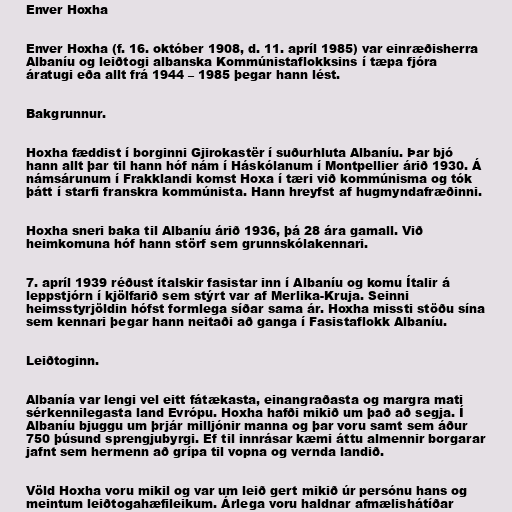
Enver Hoxha

Enver Hoxha (f. 16. október 1908, d. 11. apríl 1985) var einræðisherra
Albaníu og leiðtogi albanska Kommúnistaflokksins í tæpa fjóra
áratugi eða allt frá 1944 – 1985 þegar hann lést.

Bakgrunnur.

Hoxha fæddist í borginni Gjirokastër í suðurhluta Albaníu. Þar bjó
hann allt þar til hann hóf nám í Háskólanum í Montpellier árið 1930. Á
námsárunum í Frakklandi komst Hoxa í tæri við kommúnisma og tók
þátt í starfi franskra kommúnista. Hann hreyfst af hugmyndafræðinni.

Hoxha sneri baka til Albaníu árið 1936, þá 28 ára gamall. Við
heimkomuna hóf hann störf sem grunnskólakennari.

7. apríl 1939 réðust ítalskir fasistar inn í Albaníu og komu Ítalir á
leppstjórn í kjölfarið sem stýrt var af Merlika-Kruja. Seinni
heimsstyrjöldin hófst formlega síðar sama ár. Hoxha missti stöðu sína
sem kennari þegar hann neitaði að ganga í Fasistaflokk Albaníu.

Leiðtoginn.

Albanía var lengi vel eitt fátækasta, einangraðasta og margra mati
sérkennilegasta land Evrópu. Hoxha hafði mikið um það að segja. Í
Albaníu bjuggu um þrjár milljónir manna og þar voru samt sem áður
750 þúsund sprengjubyrgi. Ef til innrásar kæmi áttu almennir borgarar
jafnt sem hermenn að grípa til vopna og vernda landið.

Völd Hoxha voru mikil og var um leið gert mikið úr persónu hans og
meintum leiðtogahæfileikum. Árlega voru haldnar afmælishátíðar